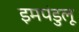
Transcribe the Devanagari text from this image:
इमपंडुलू